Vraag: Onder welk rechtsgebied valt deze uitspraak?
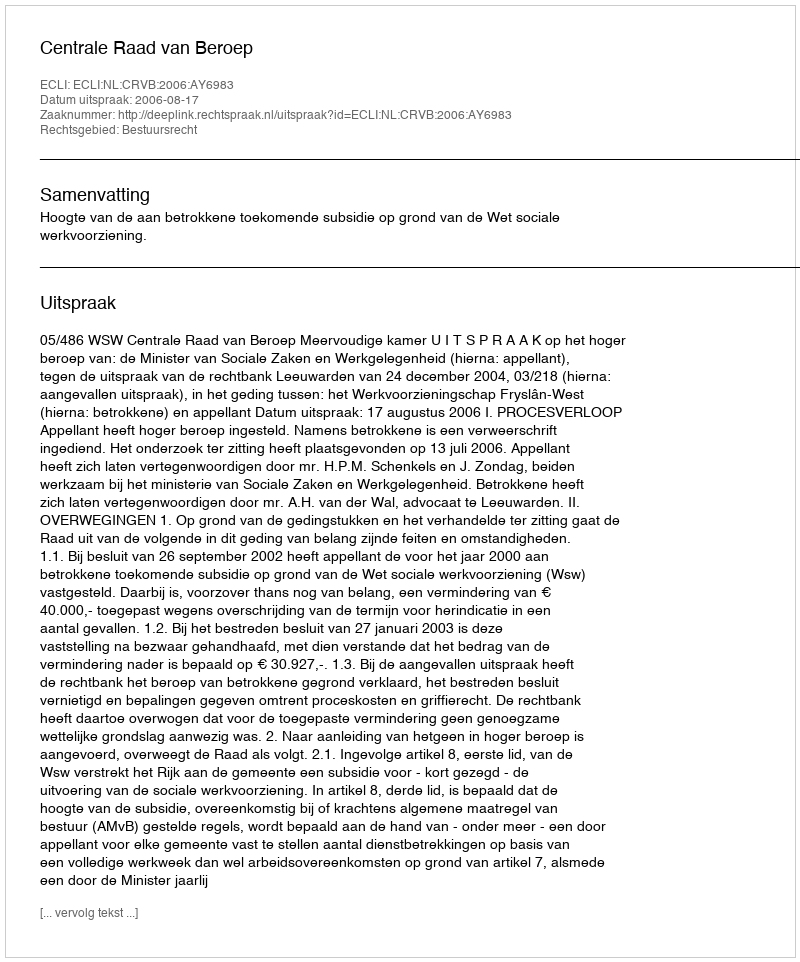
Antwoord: Bestuursrecht